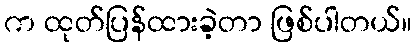
က ထုတ်ပြန်ထားခဲ့တာ ဖြစ်ပါတယ်။